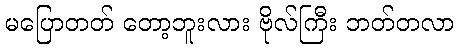
မပြောတတ် တော့ဘူးလား ဗိုလ်ကြီး ဘတ်တလာ